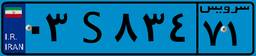
۰۳S۸۳۴۷۱